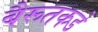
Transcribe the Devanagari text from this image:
बैरूतकडे